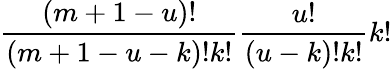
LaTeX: \frac{(m+1-u)!}{(m+1-u-k)!k!}\frac{u!}{(u-k)!k!}k!